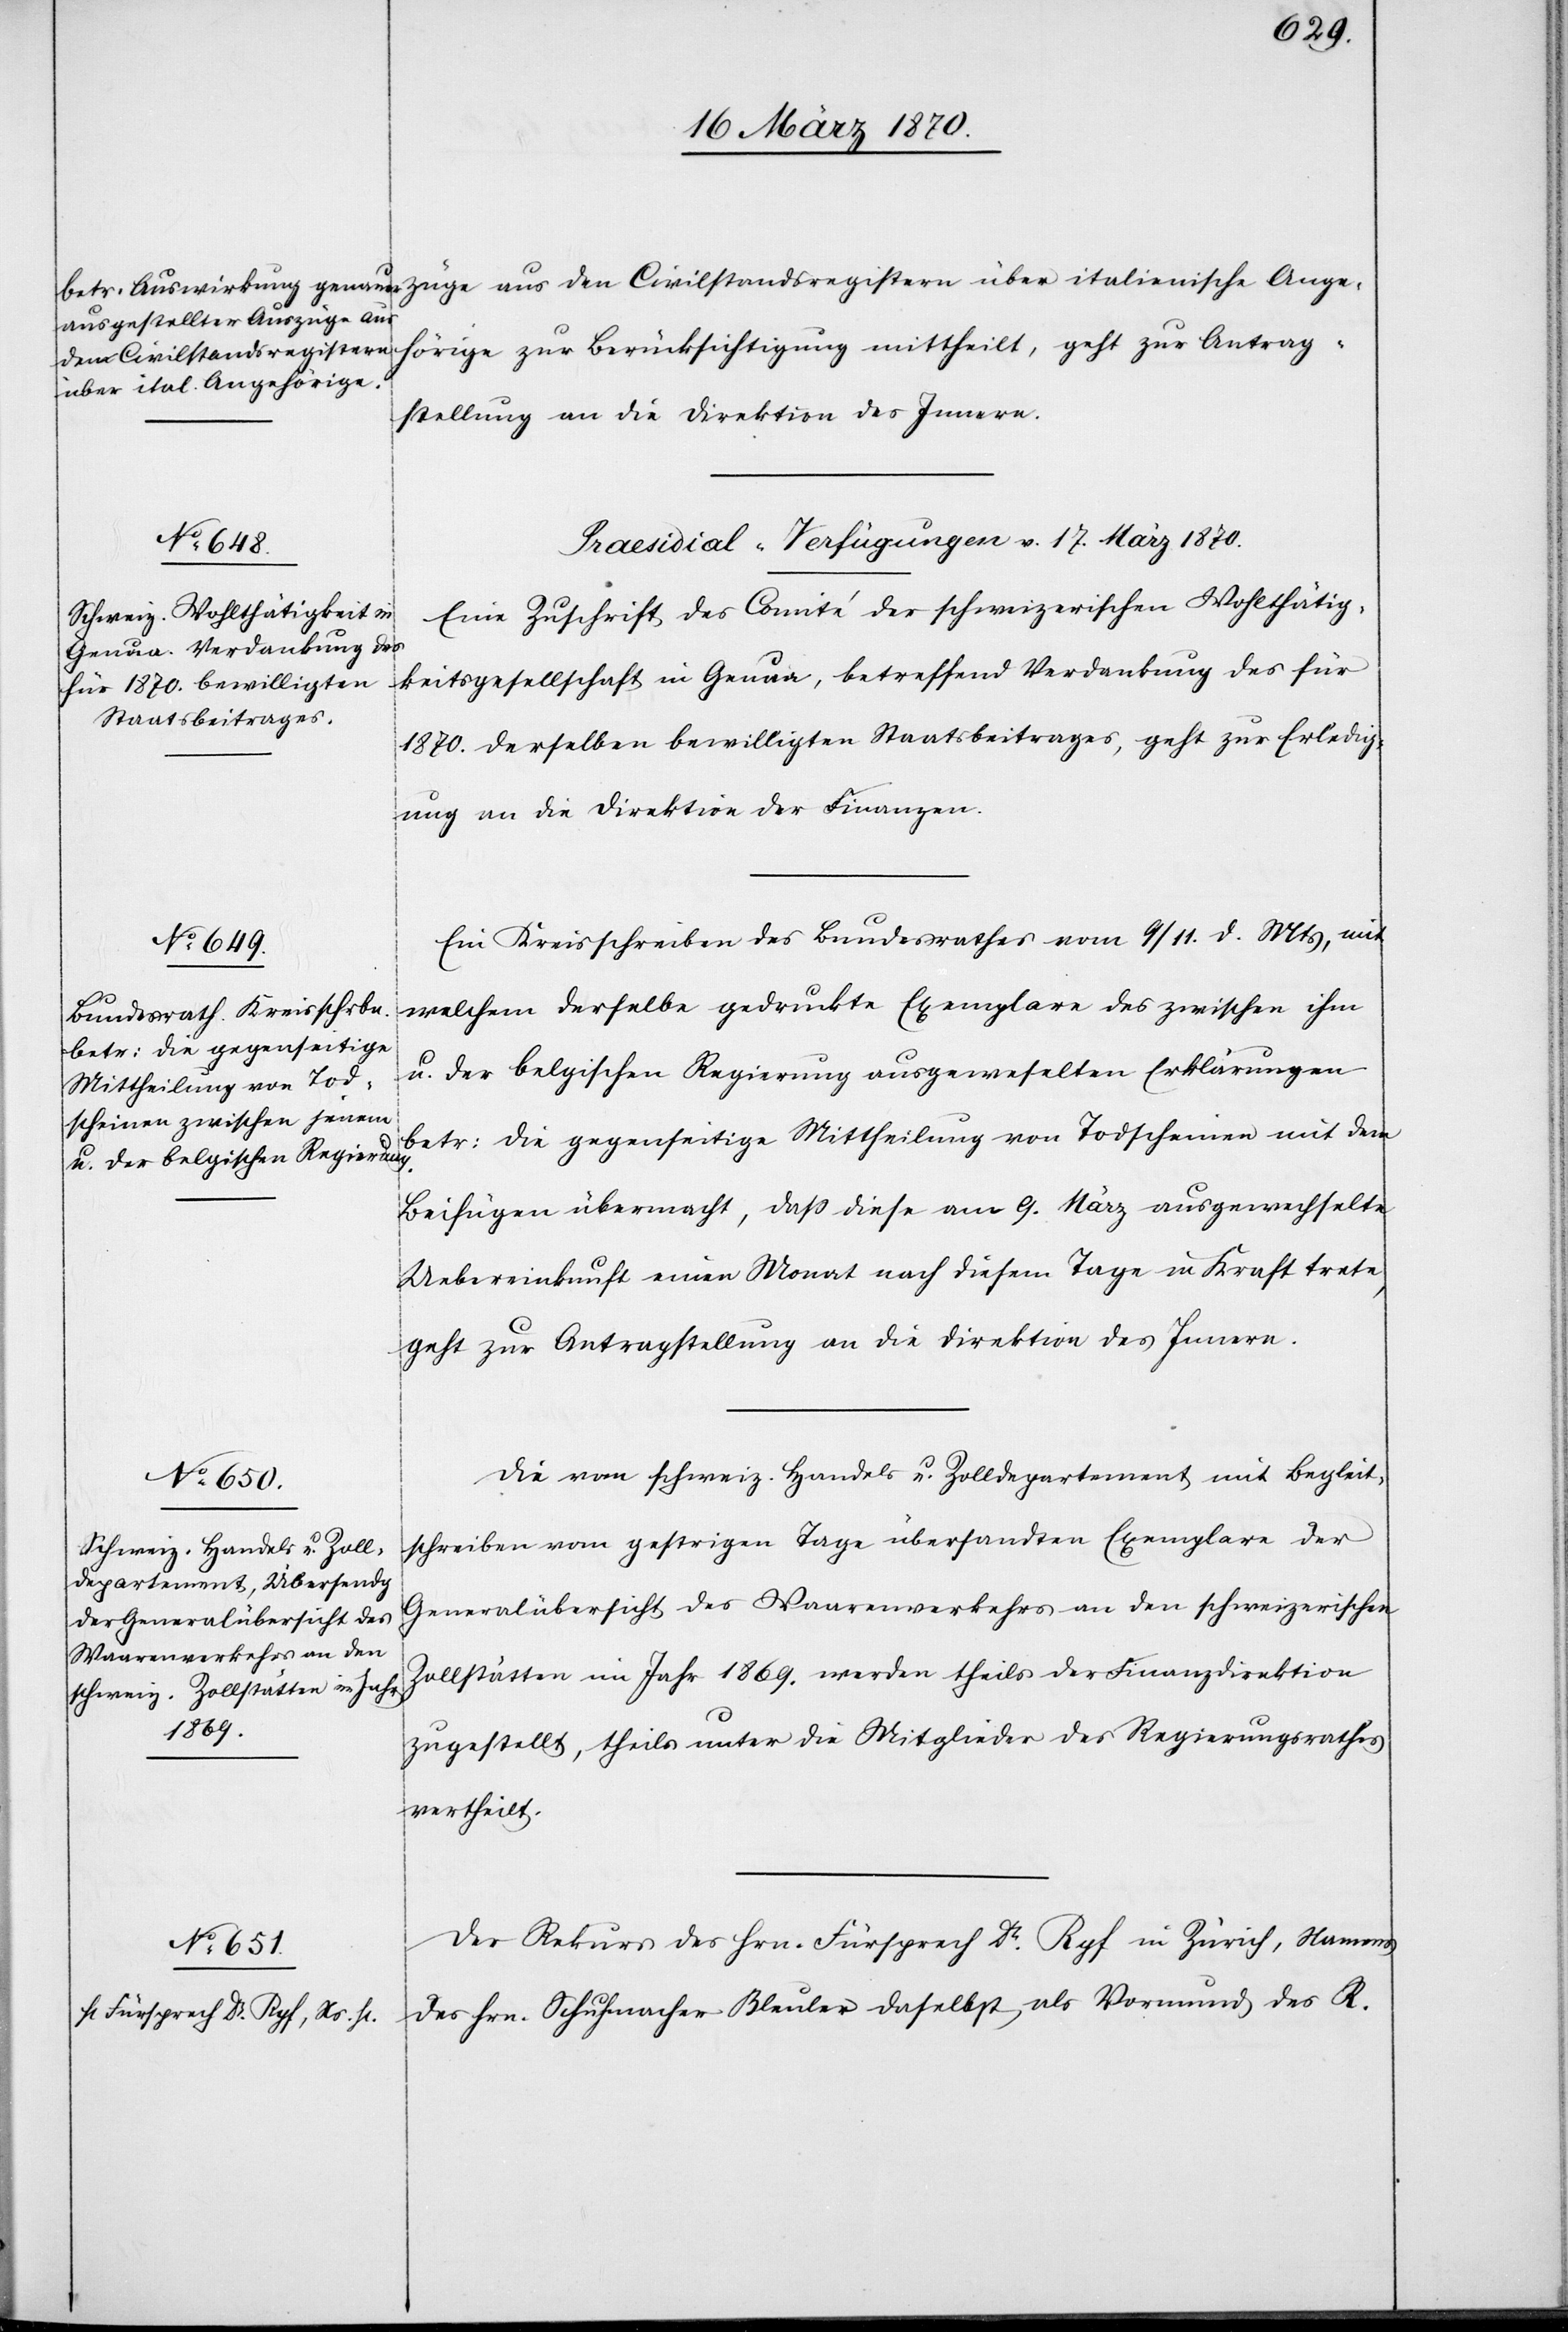
den Civilstandsregistern
[Praesidial-Verfügungen v. 17. März 1870.]
Eine Zuschrift des Comité der schweizerischen Wohlthätig¬
keitsgesellschaft in Genua, betreffend Verdankung des für
1870. derselben bewilligten Staatsbeitrages, geht zur Erledig¬
ung an die Direktion der Finanzen.
Ein Kreisschreiben des Bundesrathes vom 9/11. d. Mts, mit
welchem derselbe gedruckte Exemplare des [sic!] zwischen ihm
u. der belgischen Regierung ausgewe[ch]selten Erklärungen
betr: die gegenseitige Mittheilung von Todscheinen mit dem
Beifügen übermacht, daß diese am 9. März ausgewechselte
Uebereinkunft einen Monat nach diesem Tage in Kraft trete,
geht zur Antragstellung an die Direktion des Innern.
Die vom schweiz. Handels[-] u. Zolldepartement mit Begleit¬
schreiben vom gestrigen Tage übersandten Exemplare der
Generalübersicht des Waarenverkehrs an den schweizerischen
Zollstätten im Jahr 1869. werden theils der Finanzdirektion
zugestellt, theils unter die Mitglieder des Regierungsrathes
vertheilt.
Der Rekurs des Hrn. Fürsprech Dr. Ryf in Zürich, Namens
des Hrn. Schuhmacher Bleuler daselbst, als Vormund des R.